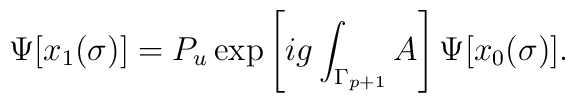
\Psi[x_1(\sigma)]=P_u \exp\left[ig\int_{\Gamma_{p+1}}A\right]\Psi[x_0(\sigma)].